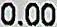
0.00